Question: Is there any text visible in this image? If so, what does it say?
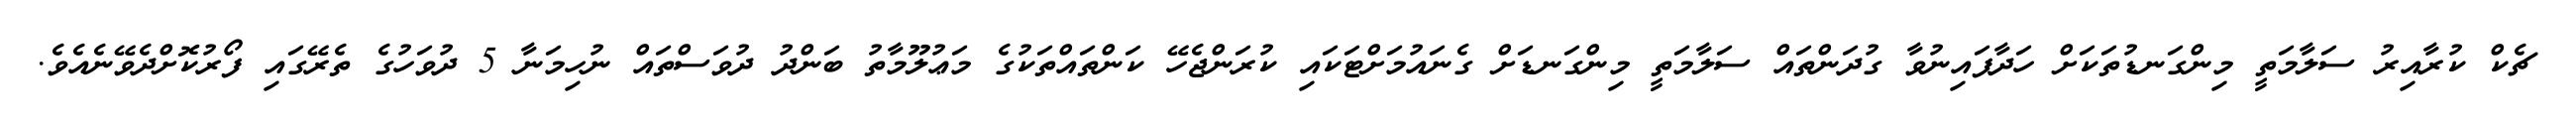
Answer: ޗެކް ކުރާއިރު ސަލާމަތީ މިންގަނޑުތަކަށް ހަދާފައިނުވާ ގުދަންތައް ސަލާމަތީ މިންގަނޑަށް ގެނައުމަށްޓަކައި ކުރަންޖެހޭ ކަންތައްތަކުގެ މަޢުލޫމާތު ބަންދު ދުވަސްތައް ނުހިމަނާ 5 ދުވަހުގެ ތެރޭގައި ފޯރުކޮށްދެވޭނެއެވެ.